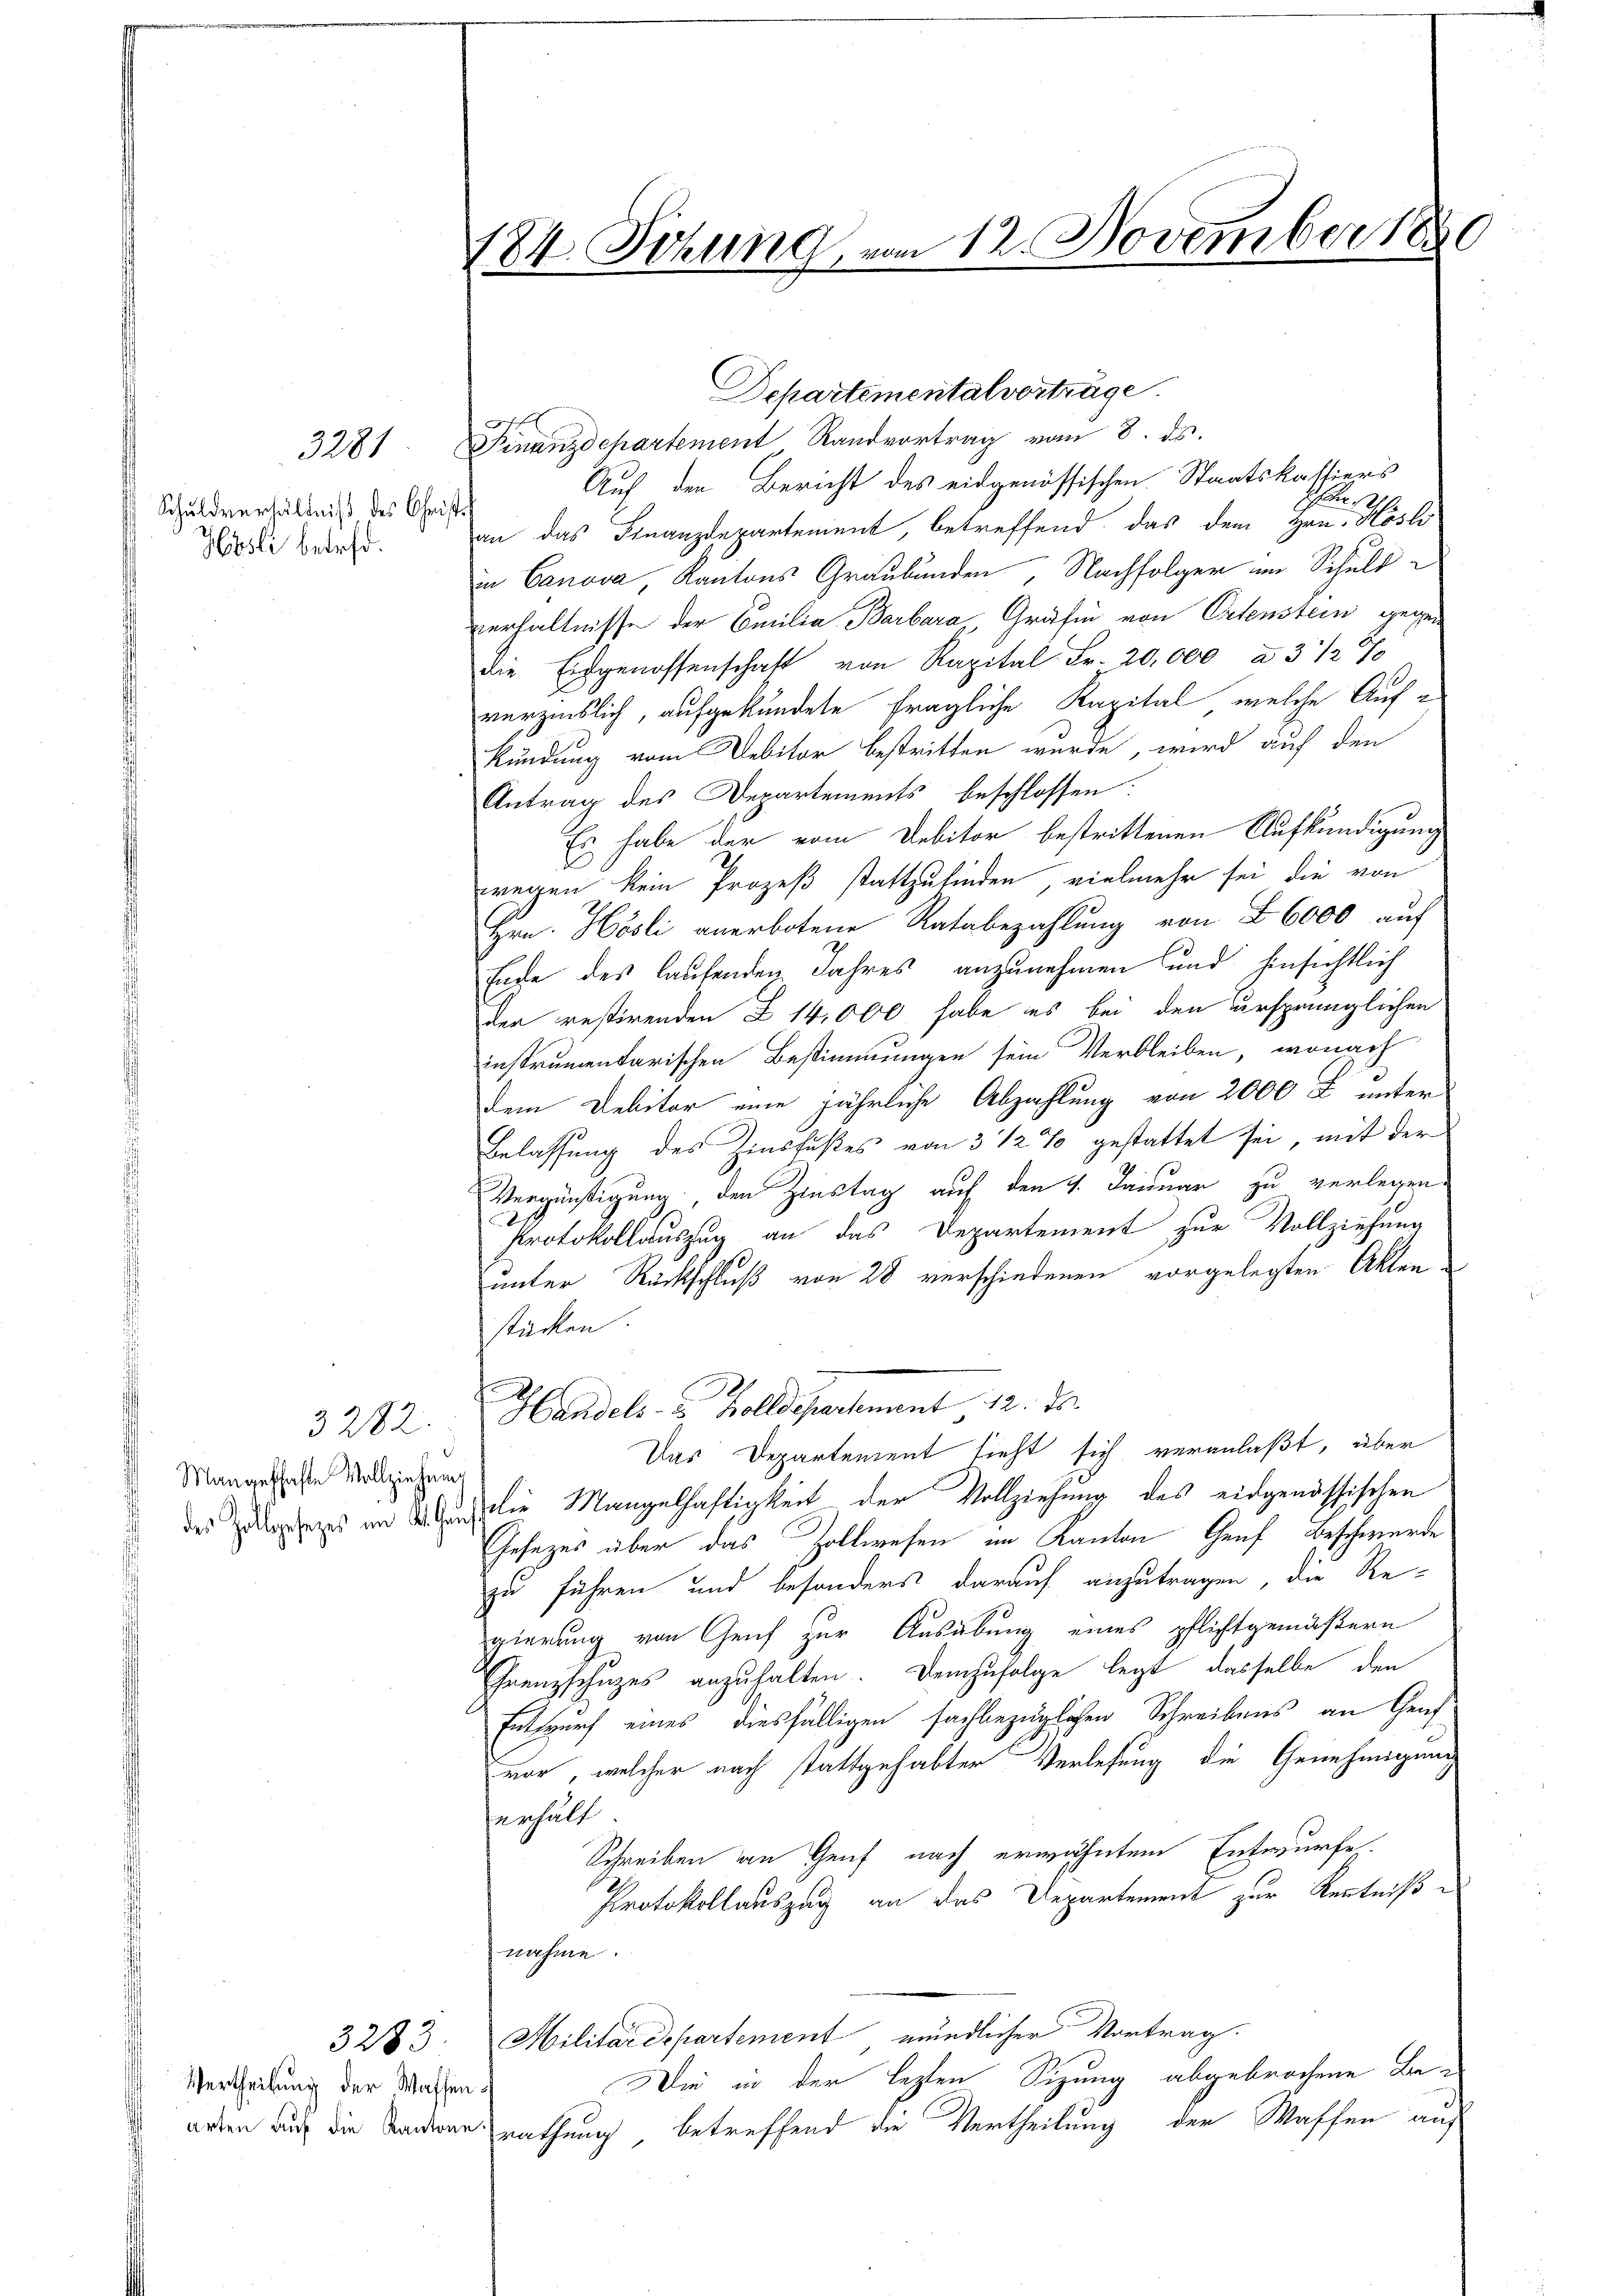
Schuldverhältniß des Chri¬
Hösli betreff.

3281

Mangeschafte Vollziehung

3282.

Vertheilung der Waffen¬

3283.

184. Sizung vom 12. November 18

Departementalverträge.
Finanzdepartement Randvortrag vom 8. ds.
Auf den Bericht des eidgenössischen Staatskattiers
Ehen u.
th
an das Finanzdepartement, betreffend das dem Hrn. Hösli
in Canova, Kantons Graubünden, Nachfolger im Schuld
verhältnisse der Emilia Barbara Gräfin von Ortenstein gegen
die Eidgenossenschaft von Kapital Fr. 20,000 à 3 1/2 %
verzinslich, aufgekündete fragliche Kapital, welche Aufkundung vom Debitor bestritten wurde, wird auf den
Antrag des Departements beschlossen:
Es habe der vom Debitor bestrittenen Aufkündigung
wegen kein Prozeß stattzufinden vielmehr sei die von
Hrn. Hösli anerbotene Ratsbezahlung von § 6000 auf
Ende des laufenden Jahres anzunehmen und hinsichtlich
der restirenden Z 14,000 habe es bei den ursprünglichen
instrumentarischen Bestimmungen sein Verbleiben, wonach
dem Debitor eine jährliche Abzahlung von 2000 l. unter
Belassung des Zinsfußes von 3 1/2 % gestattet sei, mit der
Vergünstigung, den Zinstag auf den 4. Januar zu verlegen
Protokollauszug an das Departement zur Vollziehung
unter Rückschluß von 28 verschiedenen vorgelegten Aktenstücken.
Handels- u. Zolldepartement 12. ds.
Das Departement sieht sich veranlaßt, über
des Zulageres im Milie Mangelhaftigkeit der Vollziehung des eidgenössischen
Gesezes über das Zollwesen im Kanton Genf Beschwerde
zu führen und besonders darauf anzutragen, die Re-
gierung von Genf zur Ausübung eines pflichtgemäßern
Chrenzschuzes anzuhalten. Demzufolge legt dasselbe den
Entwurf eines diesfälligen sachbezüglichen Schreibens an Genf
vor, welcher nach stattgehabter Verlesung die Genehmigung
anhält
Schreiben an Genf nach erwähntem Entwurfes.
Protokollauszug an das Departement zur Kenntniße
nahme.
Militärdepartement mündlicher Vortrag.
Die in der lezten Sizung abgebrochene Bearden auch die Sanderer nathung betreffend die Vertheilung der Waffen auf

C